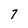
Character: 7